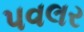
પવલર